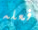
فعله